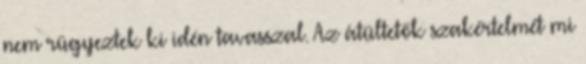
nem rügyeztek ki idén tavasszal. Az átültetők szakértelmét mi